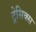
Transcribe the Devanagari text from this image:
ट्रेसिक्स